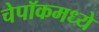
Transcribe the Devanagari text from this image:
चेपॉकमध्ये